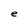
Character: e